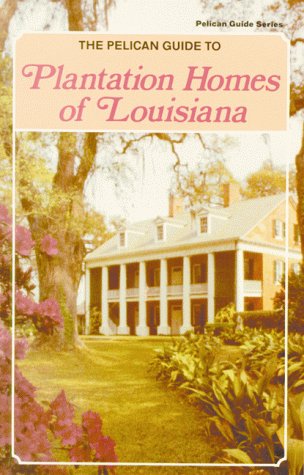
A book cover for Pelican Guide to Plantation Homes of Louisiana (Pelican Guide Series); Travel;